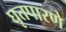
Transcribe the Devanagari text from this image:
घृतपारणे